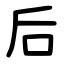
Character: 后